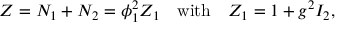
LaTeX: Z = N _ { 1 } + N _ { 2 } = \phi _ { 1 } ^ { 2 } Z _ { 1 } \quad \mathrm { w i t h } \quad Z _ { 1 } = 1 + g ^ { 2 } I _ { 2 } ,